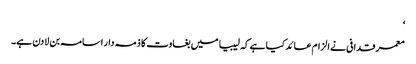
‘
معمرقدافی نے الزام عائد کیا ہے کہ لیبیا میں بغاوت کا ذمہ دار اسامہ بن لادن ہے۔